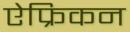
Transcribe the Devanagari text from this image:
ऐफ्रिकन